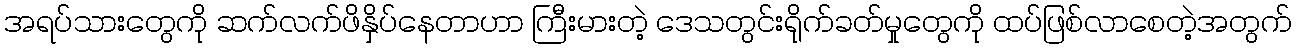
အရပ်သားတွေကို ဆက်လက်ဖိနှိပ်နေတာဟာ ကြီးမားတဲ့ ဒေသတွင်းရိုက်ခတ်မှုတွေကို ထပ်ဖြစ်လာစေတဲ့အတွက်